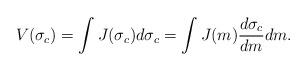
LaTeX: \begin{align*}V(\sigma_c) = \int J(\sigma_c)d\sigma_c = \int J(m) \frac{d\sigma_c}{dm} dm.\end{align*}